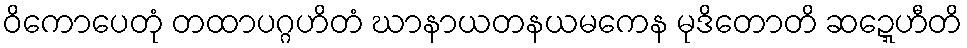
ဝိကောပေတုံ တထာပဂ္ဂဟိတံ ဃာနာယတနယမကေန မုဒိတောတိ ဆဍ္ဍေဟီတိ